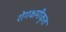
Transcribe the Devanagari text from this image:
रोगक्षमीकृत